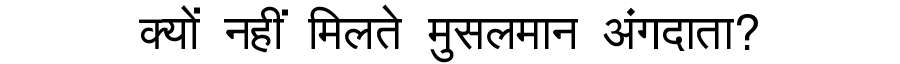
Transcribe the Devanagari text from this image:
क्यों नहीं मिलते मुसलमान अंगदाता?